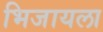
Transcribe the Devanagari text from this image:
भिजायला